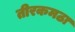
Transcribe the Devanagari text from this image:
तीरकमठा